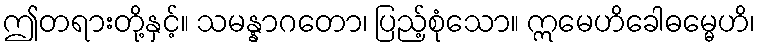
ဤတရားတို့နှင့်။ သမန္နာဂတော၊ ပြည့်စုံသော။ ဣမေဟိခေါဓမ္မေဟိ၊